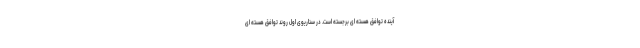
آینده توافق هسته ای برجسته است. در سناریوی اول روند توافق هسته ای